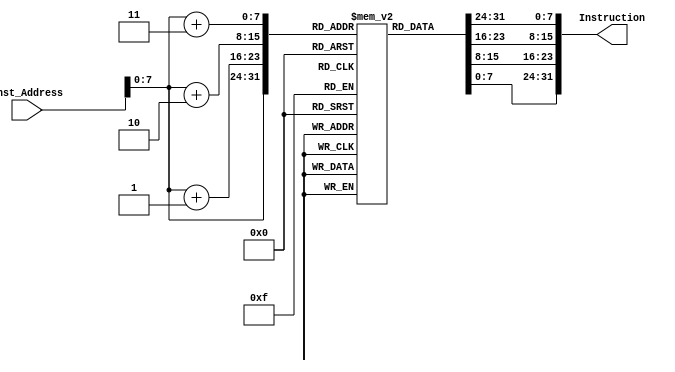
`timescale 1ns / 1ps
//////////////////////////////////////////////////////////////////////////////////
// Company: 
// Engineer: 
// 
// Design Name: 
// Module Name: Instruction_Memory
// Project Name: 
// Target Devices: 
// Tool Versions: 
// Description: 
// 
// Dependencies: 
// 
// Revision:
// Revision 0.01 - File Created
// Additional Comments:
// 
//////////////////////////////////////////////////////////////////////////////////


module Instruction_Memory(
input [63:0] Inst_Address,
	output reg [31:0] Instruction
);
	reg [7:0] inst_mem[175:0];
	initial
	begin
        inst_mem[0]=8'h13;
		inst_mem[1]=8'h05;
		inst_mem[2]=8'h00;
		inst_mem[3]=8'h00;
		//addi t0, x0, 3
		inst_mem[4]=8'h93;
		inst_mem[5]=8'h02;
		inst_mem[6]=8'h30;
		inst_mem[7]=8'h00;
		//sd t0, 0(a0) 
		inst_mem[8]=8'h23;
		inst_mem[9]=8'h30;
		inst_mem[10]=8'h55;
		inst_mem[11]=8'h00;
		//addi t0, x0, 2
		inst_mem[12]=8'h93;
		inst_mem[13]=8'h02;
		inst_mem[14]=8'h20;
		inst_mem[15]=8'h00;
		//sd t0, 8(a0)
		inst_mem[16]=8'h23;
		inst_mem[17]=8'h34;
		inst_mem[18]=8'h55;
		inst_mem[19]=8'h00;
		//addi t0, x0, 4
		inst_mem[20]=8'h93;
		inst_mem[21]=8'h02;
		inst_mem[22]=8'h40;
		inst_mem[23]=8'h00;
		//sd t0, 16(a0)
		inst_mem[24]=8'h23;
		inst_mem[25]=8'h38;
		inst_mem[26]=8'h55;
		inst_mem[27]=8'h00;
		//addi t0, x0, 1
		inst_mem[28]=8'h93;		
		inst_mem[29]=8'h02;
		inst_mem[30]=8'h10;
		inst_mem[31]=8'h00;
		//sd t0, 24(a0)
		inst_mem[32]=8'h23;
		inst_mem[33]=8'h3C;
		inst_mem[34]=8'h55;
		inst_mem[35]=8'h00;
		//addi t0, x0, 0
		inst_mem[36]=8'h93;
		inst_mem[37]=8'h02;
		inst_mem[38]=8'h00;
		inst_mem[39]=8'h00;
		//sd t0, 32(a0)
		inst_mem[40]=8'h23;
		inst_mem[41]=8'h30;
		inst_mem[42]=8'h55;
		inst_mem[43]=8'h02;
		
		// SIZE OF ARRAY
		inst_mem[44]=8'h93;
		inst_mem[45]=8'h05;
		inst_mem[46]=8'h50;
		inst_mem[47]=8'h00;
		
		// CALLING THE PROCEDURES USING BEQ
		inst_mem[48]=8'h63;
		inst_mem[49]=8'h04;
		inst_mem[50]=8'h00;
		inst_mem[51]=8'h00;
		
		inst_mem[52]=8'h63;
		inst_mem[53]=8'h08;
		inst_mem[54]=8'h00;
		inst_mem[55]=8'hA0;
		
		// SELECTION SORT
		inst_mem[56]=8'h93;
		inst_mem[57]=8'h02;
		inst_mem[58]=8'h00;
		inst_mem[59]=8'h00;
		
		inst_mem[60]=8'h13;
		inst_mem[61]=8'h03;
		inst_mem[62]=8'h00;
		inst_mem[63]=8'h00;
		
		inst_mem[64]=8'h93;
		inst_mem[65]=8'h03;
		inst_mem[66]=8'h00;
		inst_mem[67]=8'h00;
		
		inst_mem[68]=8'h13;
		inst_mem[69]=8'h84;
		inst_mem[70]=8'h05;
		inst_mem[71]=8'h00;
		
		inst_mem[72]=8'h93;
		inst_mem[73]=8'h85;
		inst_mem[74]=8'hF5;
		inst_mem[75]=8'hFF;
		
		// UNSORTED_ARRAY_BOUNDARY_LOOP
		inst_mem[76]=8'h63;
		inst_mem[77]=8'h80;
		inst_mem[78]=8'hb2;
		inst_mem[79]=8'h06;
		
		inst_mem[80]=8'h93;
		inst_mem[81]=8'h83;
		inst_mem[82]=8'h02;
		inst_mem[83]=8'h00;
		
		inst_mem[84]=8'h13;
		inst_mem[85]=8'h83;
		inst_mem[86]=8'h12;
		inst_mem[87]=8'h00;
		
		// SUBARRAY_LOOP
		inst_mem[88]=8'h63;
		inst_mem[89]=8'h06;
		inst_mem[90]=8'h83;
		inst_mem[91]=8'h02;
		
		inst_mem[92]=8'h13;
		inst_mem[93]=8'h1F;
		inst_mem[94]=8'h33;
		inst_mem[95]=8'h00;
		
		inst_mem[96]=8'hB3;
		inst_mem[97]=8'h0F;
		inst_mem[98]=8'hE5;
		inst_mem[99]=8'h01;
		
		inst_mem[100]=8'h83;
		inst_mem[101]=8'hBE;
		inst_mem[102]=8'h0F;
		inst_mem[103]=8'h00;
		
		inst_mem[104]=8'h13;
		inst_mem[105]=8'h9F;
		inst_mem[106]=8'h33;
		inst_mem[107]=8'h00;
		
		inst_mem[108]=8'hB3;
		inst_mem[109]=8'h0F;
		inst_mem[110]=8'hE5;
		inst_mem[111]=8'h01;
		
		inst_mem[112]=8'h03;
		inst_mem[113]=8'hBE;
		inst_mem[114]=8'h0f;
		inst_mem[115]=8'h00;
		
		inst_mem[116]=8'h63;
		inst_mem[117]=8'h44;
		inst_mem[118]=8'hDE;
		inst_mem[119]=8'h01;
		
		inst_mem[120]=8'h93;
		inst_mem[121]=8'h03;
		inst_mem[122]=8'h03;
		inst_mem[123]=8'h00;
		
		// MIN_REMAINS_SAME
		inst_mem[124]=8'h13;
		inst_mem[125]=8'h03;
		inst_mem[126]=8'h13;
		inst_mem[127]=8'h00;
		
		inst_mem[128]=8'he3;
		inst_mem[129]=8'h0c;
		inst_mem[130]=8'h00;
		inst_mem[131]=8'hFc;
		
		// END_SUBARRAY_LOOP
		inst_mem[132]=8'h13;
		inst_mem[133]=8'h9F;
		inst_mem[134]=8'h33;
		inst_mem[135]=8'h00;
		
		inst_mem[136]=8'hB3;
		inst_mem[137]=8'h0F;
		inst_mem[138]=8'hE5;
		inst_mem[139]=8'h01;
		
		inst_mem[140]=8'h03;
		inst_mem[141]=8'hBE;
		inst_mem[142]=8'h0F;
		inst_mem[143]=8'h00;
		
		inst_mem[144]=8'h13;
		inst_mem[145]=8'h93;
		inst_mem[146]=8'h32;
		inst_mem[147]=8'h00;
		
		inst_mem[148]=8'h33;
		inst_mem[149]=8'h03;
		inst_mem[150]=8'hA3;
		inst_mem[151]=8'h00;
		
		inst_mem[152]=8'h83;
		inst_mem[153]=8'h3E;
		inst_mem[154]=8'h03;
		inst_mem[155]=8'h00;
		
		inst_mem[156]=8'h23;
		inst_mem[157]=8'h30;
		inst_mem[158]=8'hc3;
		inst_mem[159]=8'h01;
		
		inst_mem[160]=8'h23;
		inst_mem[161]=8'hB0;
		inst_mem[162]=8'hdF;
		inst_mem[163]=8'h01;
		
		inst_mem[164]=8'h93;
		inst_mem[165]=8'h82;
		inst_mem[166]=8'h12;
		inst_mem[167]=8'h00;
		
		inst_mem[168]=8'he3;
		inst_mem[169]=8'h02;
		inst_mem[170]=8'h00;
		inst_mem[171]=8'hfa;
		
		// END UNSORTED ARRAY BOUNDARY LOOP
		inst_mem[172]=8'h63;
		inst_mem[173]=8'h00;
		inst_mem[174]=8'h00;
		inst_mem[175]=8'h00;
    end
	  
	always @(Inst_Address)
	begin
		Instruction<={inst_mem[Inst_Address+3],inst_mem[Inst_Address+2],inst_mem[Inst_Address+1],inst_mem[Inst_Address]};
	end
endmodule
//bubble sort: WORKS
//      {inst_mem[3], inst_mem[2], inst_mem[1], inst_mem[0]} = 32'h00000913;//1
//      {inst_mem[7], inst_mem[6], inst_mem[5], inst_mem[4]} = 32'h00500993;//2
//      {inst_mem[11], inst_mem[10], inst_mem[9], inst_mem[8]} = 32'h00000413;//3
//      {inst_mem[15], inst_mem[14], inst_mem[13], inst_mem[12]} = 32'h00050513;//4
//      {inst_mem[19], inst_mem[18], inst_mem[17], inst_mem[16]} = 32'h00500113;//5	
//      {inst_mem[23], inst_mem[22], inst_mem[21], inst_mem[20]} = 32'h00200193;//6
//      {inst_mem[27], inst_mem[26], inst_mem[25], inst_mem[24]} = 32'h00100213;//7
//      {inst_mem[31], inst_mem[30], inst_mem[29], inst_mem[28]} = 32'h00700593;//8
//      {inst_mem[35], inst_mem[34], inst_mem[33], inst_mem[32]} = 32'h00400613;//9
//      {inst_mem[39], inst_mem[38], inst_mem[37], inst_mem[36]} = 32'h07340663;//10	
//      {inst_mem[43], inst_mem[42], inst_mem[41], inst_mem[40]} = 32'h00000493;//11
//      {inst_mem[47], inst_mem[46], inst_mem[45], inst_mem[44]} = 32'h00000513;//12
//      {inst_mem[51], inst_mem[50], inst_mem[49], inst_mem[48]} = 32'hfff98313;//13
//      {inst_mem[55], inst_mem[54], inst_mem[53], inst_mem[52]} = 32'h40830333;//14
//      {inst_mem[59], inst_mem[58], inst_mem[57], inst_mem[56]} = 32'h04648663;//15
//      {inst_mem[63], inst_mem[62], inst_mem[61], inst_mem[60]} = 32'h00349393;//16
//      {inst_mem[67], inst_mem[66], inst_mem[65], inst_mem[64]} = 32'h012383b3;//17
//      {inst_mem[71], inst_mem[70], inst_mem[69], inst_mem[68]} = 32'h0003b283;//18
//      {inst_mem[75], inst_mem[74], inst_mem[73], inst_mem[72]} = 32'h00148e93;//19
//      {inst_mem[79], inst_mem[78], inst_mem[77], inst_mem[76]} = 32'h003e9e13;//20
//      {inst_mem[83], inst_mem[82], inst_mem[81], inst_mem[80]} = 32'h012e0e33;//21
//      {inst_mem[87], inst_mem[86], inst_mem[85], inst_mem[84]} = 32'h000e3f03;//22
//      {inst_mem[91], inst_mem[90], inst_mem[89], inst_mem[88]} = 32'h005f4663;//23
//      {inst_mem[95], inst_mem[94], inst_mem[93], inst_mem[92]} = 32'h00148493;//24
//      {inst_mem[99], inst_mem[98], inst_mem[97], inst_mem[96]} = 32'hfc000ce3;//25
//      {inst_mem[103], inst_mem[102], inst_mem[101], inst_mem[100]} = 32'h00028f93;//26
//      {inst_mem[107], inst_mem[106], inst_mem[105], inst_mem[104]} = 32'h000f0293;//27
//      {inst_mem[111], inst_mem[110], inst_mem[109], inst_mem[108]} = 32'h0053b023;//28
//      {inst_mem[115], inst_mem[114], inst_mem[113], inst_mem[112]} = 32'h000f8f13;//29
//      {inst_mem[119], inst_mem[118], inst_mem[117], inst_mem[116]} = 32'h01ee3023;//31
//      {inst_mem[123], inst_mem[122], inst_mem[121], inst_mem[120]} = 32'h00100513;//32
//      {inst_mem[127], inst_mem[126], inst_mem[125], inst_mem[124]} = 32'h00148493;//33
//      {inst_mem[131], inst_mem[130], inst_mem[129], inst_mem[128]} = 32'hfa000ce3;//34
//      {inst_mem[135], inst_mem[134], inst_mem[133], inst_mem[132]} = 32'h00140413;//35
//      {inst_mem[139], inst_mem[138], inst_mem[137], inst_mem[136]} = 32'h00050463;//36
//      {inst_mem[143], inst_mem[142], inst_mem[141], inst_mem[140]} = 32'hf8000ce3;//37